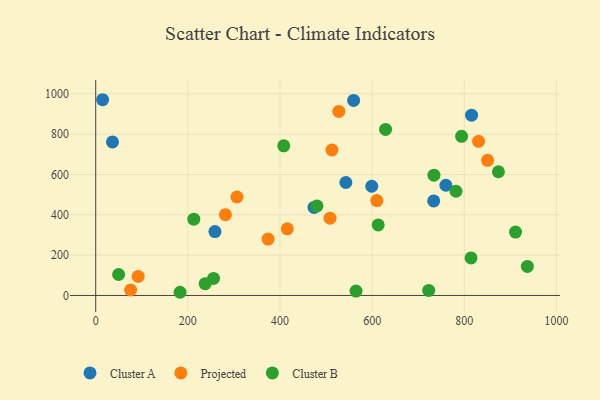
{"axis": {"x": "Distance", "y": "Demand"}, "legend": ["Cluster A", "Cluster B", "Projected"], "data": [{"x": "542.9", "y": 560.4, "type": "Cluster A"}, {"x": "258.8", "y": 316.8, "type": "Cluster A"}, {"x": "36.4", "y": 761.9, "type": "Cluster A"}, {"x": "815.8", "y": 894.2, "type": "Cluster A"}, {"x": "760.0", "y": 546.9, "type": "Cluster A"}, {"x": "599.1", "y": 541.8, "type": "Cluster A"}, {"x": "15.0", "y": 971.1, "type": "Cluster A"}, {"x": "559.8", "y": 967.4, "type": "Cluster A"}, {"x": "473.8", "y": 436.6, "type": "Cluster A"}, {"x": "733.6", "y": 468.9, "type": "Cluster A"}, {"x": "374.1", "y": 279.6, "type": "Projected"}, {"x": "512.7", "y": 721.7, "type": "Projected"}, {"x": "850.5", "y": 670.5, "type": "Projected"}, {"x": "508.6", "y": 383.5, "type": "Projected"}, {"x": "281.5", "y": 400.6, "type": "Projected"}, {"x": "306.5", "y": 488.4, "type": "Projected"}, {"x": "527.6", "y": 912.9, "type": "Projected"}, {"x": "92.2", "y": 94.5, "type": "Projected"}, {"x": "415.8", "y": 330.4, "type": "Projected"}, {"x": "75.7", "y": 27.2, "type": "Projected"}, {"x": "610.2", "y": 470.8, "type": "Projected"}, {"x": "830.9", "y": 764.5, "type": "Projected"}, {"x": "936.9", "y": 144.0, "type": "Cluster B"}, {"x": "613.1", "y": 349.9, "type": "Cluster B"}, {"x": "237.6", "y": 58.6, "type": "Cluster B"}, {"x": "874.1", "y": 613.8, "type": "Cluster B"}, {"x": "565.0", "y": 21.7, "type": "Cluster B"}, {"x": "212.9", "y": 378.4, "type": "Cluster B"}, {"x": "722.7", "y": 24.9, "type": "Cluster B"}, {"x": "814.6", "y": 186.0, "type": "Cluster B"}, {"x": "629.1", "y": 823.9, "type": "Cluster B"}, {"x": "49.7", "y": 104.1, "type": "Cluster B"}, {"x": "255.7", "y": 84.3, "type": "Cluster B"}, {"x": "794.1", "y": 789.6, "type": "Cluster B"}, {"x": "480.2", "y": 444.2, "type": "Cluster B"}, {"x": "734.1", "y": 596.9, "type": "Cluster B"}, {"x": "408.1", "y": 742.2, "type": "Cluster B"}, {"x": "782.0", "y": 516.9, "type": "Cluster B"}, {"x": "911.2", "y": 314.4, "type": "Cluster B"}, {"x": "183.1", "y": 15.8, "type": "Cluster B"}]}